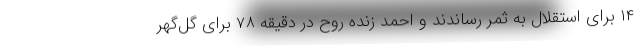
۱۴ برای استقلال به ثمر رساندند و احمد زنده روح در دقیقه ۷۸ برای گل‌گهر